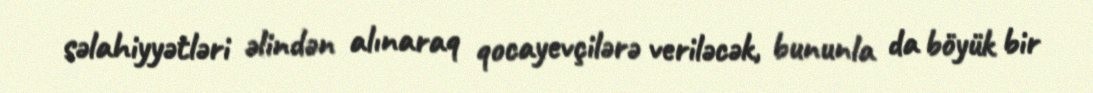
səlahiyyətləri əlindən alınaraq qocayevçilərə veriləcək, bununla da böyük bir